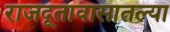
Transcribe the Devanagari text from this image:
राजदूतावासातल्या